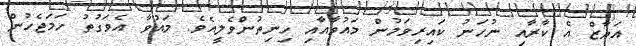
އަޔާޒް އެ ކާރާއި ނުހަނު ކައިރިވަމުން މައުވާއާއި ހިނިތުންވެލީއެވެ. މައުވާ އެވަގުތު ހަމަޖެހުން